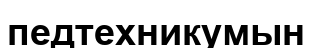
педтехникумын